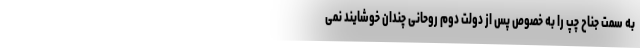
به سمت جناح چپ را به خصوص پس از دولت دوم روحانی چندان خوشایند نمی